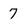
Character: 7